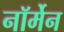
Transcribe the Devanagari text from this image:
नॉर्मेन